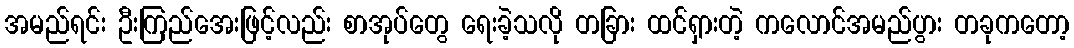
အမည်ရင်း ဦးကြည်အေးဖြင့်လည်း စာအုပ်တွေ ရေးခဲ့သလို တခြား ထင်ရှားတဲ့ ကလောင်အမည်ပွား တခုကတော့